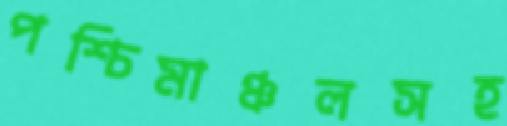
পশ্চিমাঞ্চলসহ